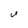
Character: U